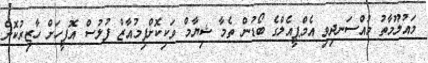
މައުލޫމާތު މުއްސަނދިވި އެމްޕީއެލްގެ ބޯޑުން ތެމާ ޝިޔާމް ވަކިކޮށްފިމުއާޒް ފުލުސް އޮފީހަށް ހާޒިރުކޮށް